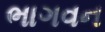
ભાગવન